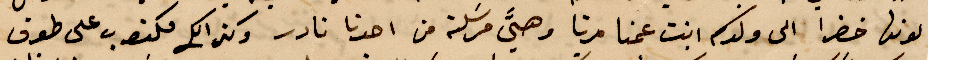
لونها خضرا الى ولدكم ابنت عمنا مرتا وهيَّ مرسلة من احدنا نادر وكذلك مكتوب على طوق